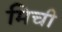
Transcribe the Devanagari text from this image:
मिची